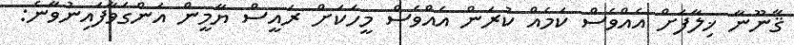
ޤާނޫނާ ޚިލާފަށް އެއްވެސް ކަމެއް ކުރަން އެއްވެސް މީހަކަށް ރައީސް ޔާމީން އަންގަވާފައިނުވާނެ: